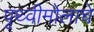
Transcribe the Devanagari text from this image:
पृथ्वीमोलाचे